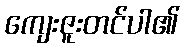
ကျေးဇူးတင်ပါ၏